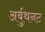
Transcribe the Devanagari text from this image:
अर्बुथनट